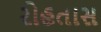
રોહતાસ